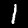
Label: 1